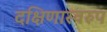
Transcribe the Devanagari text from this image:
दक्षिणास्वरुप